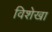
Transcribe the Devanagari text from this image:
विशेखा